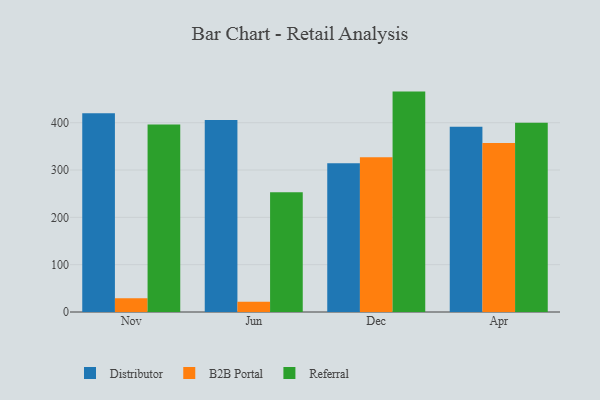
{"axis": {"x": "Month", "y": "Gross Profit (USD K)"}, "legend": ["B2B Portal", "Distributor", "Referral"], "data": [{"x": "Nov", "y": 419.8, "type": "Distributor"}, {"x": "Nov", "y": 28.8, "type": "B2B Portal"}, {"x": "Nov", "y": 396.0, "type": "Referral"}, {"x": "Jun", "y": 405.5, "type": "Distributor"}, {"x": "Jun", "y": 21.6, "type": "B2B Portal"}, {"x": "Jun", "y": 253.0, "type": "Referral"}, {"x": "Dec", "y": 314.5, "type": "Distributor"}, {"x": "Dec", "y": 326.8, "type": "B2B Portal"}, {"x": "Dec", "y": 465.7, "type": "Referral"}, {"x": "Apr", "y": 391.5, "type": "Distributor"}, {"x": "Apr", "y": 357.1, "type": "B2B Portal"}, {"x": "Apr", "y": 400.0, "type": "Referral"}]}